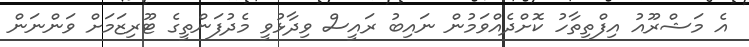
އެ މަޝްރޫއު އިފްތިތާހު ކޮށްދެއްވަމުން ނައިބު ރައީސް ވިދާޅުވީ މެދުފަންތީގެ ޓޫރިޒަމަށް ވަންނަން